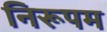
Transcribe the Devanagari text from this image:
निरूपम